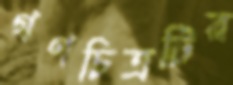
গণচিত্রটির